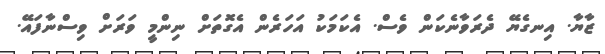
ޒާޔާ. އިނގެޔޭ ދެރަވާނެކަން ވެސް. އެކަމަކު އަހަރެން އެގޮތަށް ނިންމީ ވަރަށް ވިސްނާފައޭ.